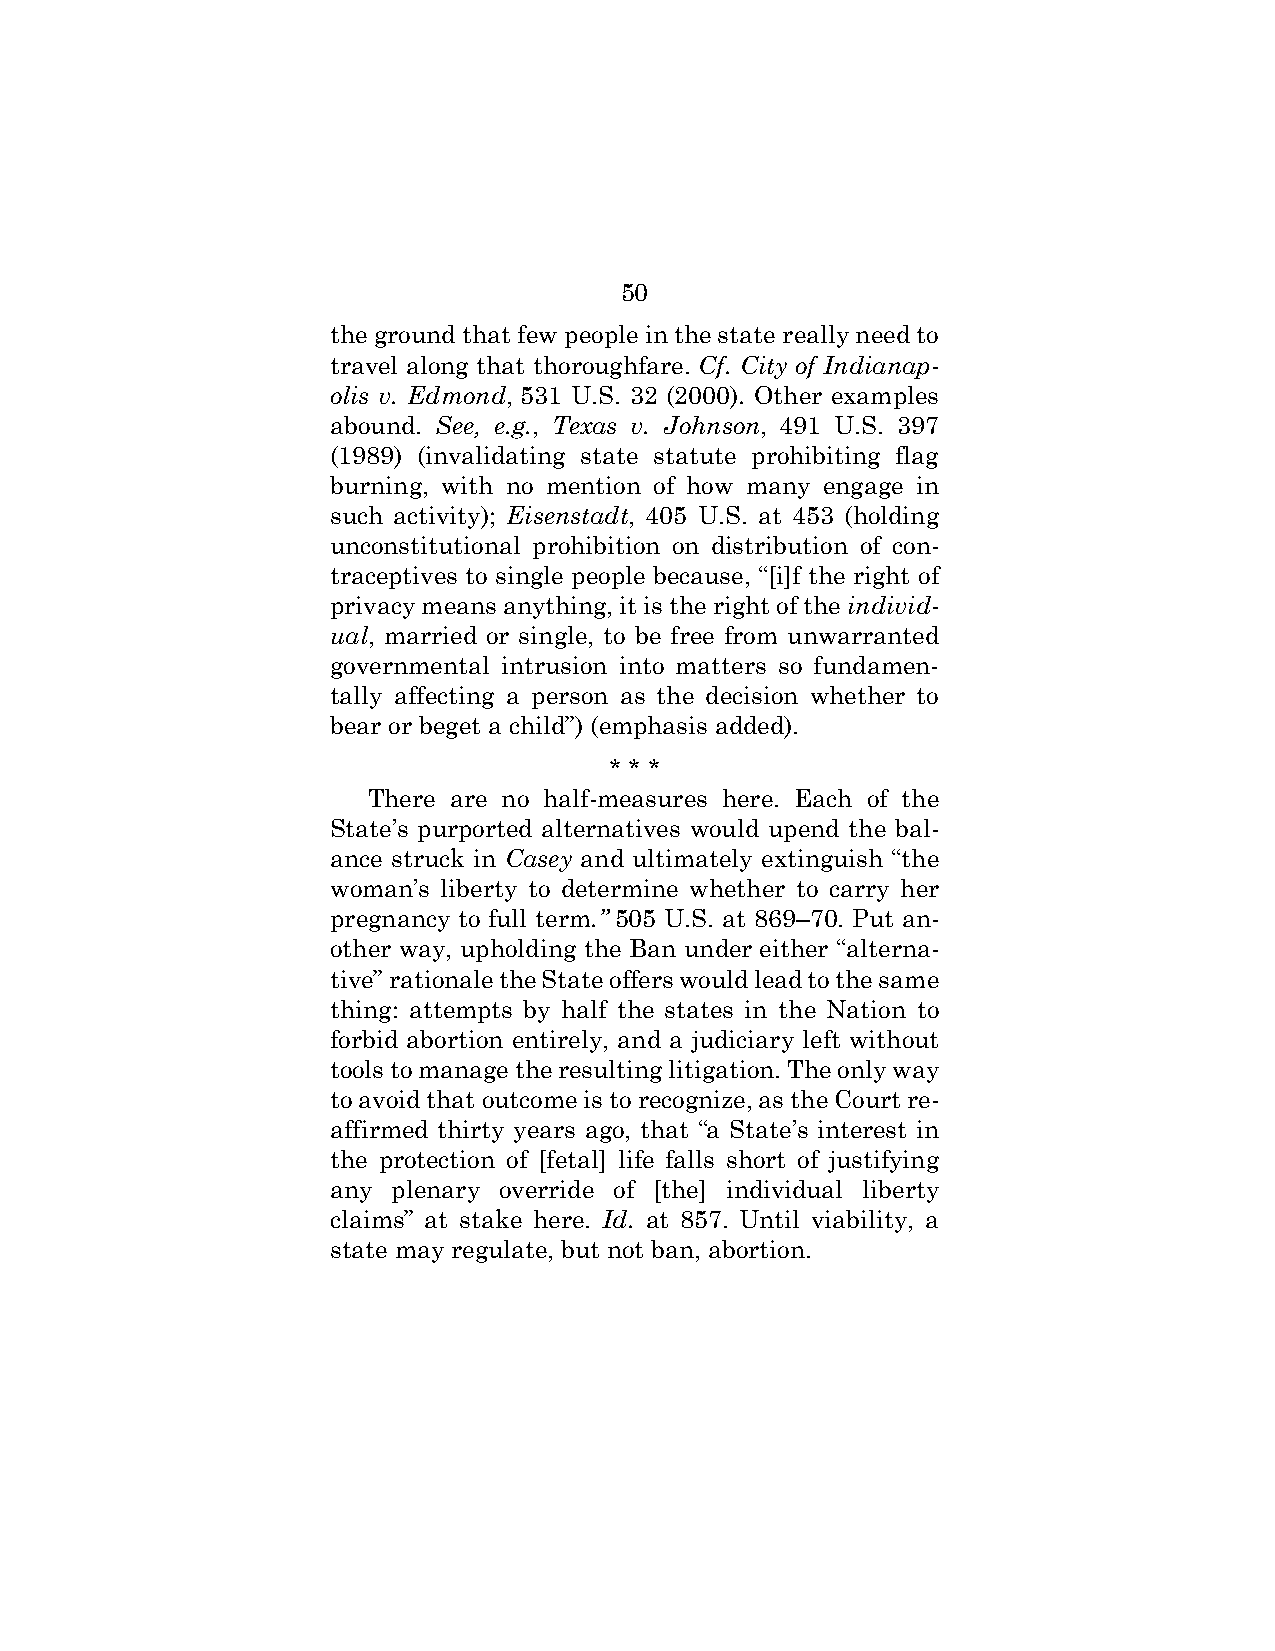
50
 the ground that few people in the state really need to
 travel along that thoroughfare. Cf. City of Indianap-
 olis v. Edmond, 531 U.S. 32 (2000). Other examples
 abound. See, e.g., Texas v. Johnson, 491 U.S. 397
 (1989) (invalidating state statute prohibiting flag
 burning, with no mention of how many engage in
 such activity); Eisenstadt, 405 U.S. at 453 (holding
 unconstitutional prohibition on distribution of con-
 traceptives to single people because, “[i]f the right of
 privacy means anything, it is the right of the individ-
 ual, married or single, to be free from unwarranted
 governmental intrusion into matters so fundamen-
 tally affecting a person as the decision whether to
 bear or beget a child”) (emphasis added).
 * * *
 There are no half-measures here. Each of the
 State’s purported alternatives would upend the bal-
 ance struck in Casey and ultimately extinguish “the
 woman’s liberty to determine whether to carry her
 pregnancy to full term.” 505 U.S. at 869–70. Put an-
 other way, upholding the Ban under either “alterna-
 tive” rationale the State offers would lead to the same
 thing: attempts by half the states in the Nation to
 forbid abortion entirely, and a judiciary left without
 tools to manage the resulting litigation. The only way
 to avoid that outcome is to recognize, as the Court re-
 affirmed thirty years ago, that “a State’s interest in
 the protection of [fetal] life falls short of justifying
 any plenary override of [the] individual liberty
 claims” at stake here. Id. at 857. Until viability, a
 state may regulate, but not ban, abortion.